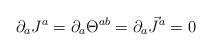
LaTeX: \begin{align*}\partial_a J^a=\partial_a\Theta^{ab}=\partial_a\vec{J}^a=0\end{align*}